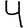
Digit: 4